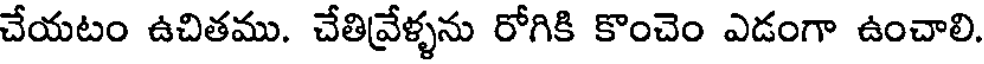
చేయటం ఉచితము. చేతివేళ్ళను రోగికి కొంచెం ఎడంగా ఉంచాలి.